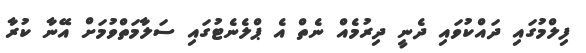
ފިލްމުގައި ދައްކުވައި ދެނީ ދިރުމެއް ނެތް އެ ޕްލެނެޓުގައި ސަލާމަތްވުމަށް އޭނާ ކުރާ